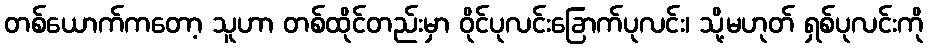
တစ်ယောက်ကတော့ သူဟာ တစ်ထိုင်တည်းမှာ ဝိုင်ပုလင်းခြောက်ပုလင်း၊ သို့မဟုတ် ရှစ်ပုလင်းကို